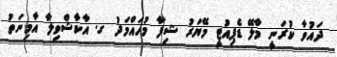
ދައުވާ ކުރަނީ މާލޭ ޑެޕިއުޓީ މޭޔަރު ޝިފާ މުހައްމަދު ގ. އާކާޝްވިލާ އާމިނަތު